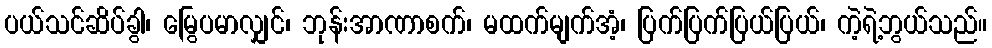
ပယ်သင်ဆိပ်ခွါ၊ မြွေပမာလျှင်၊ ဘုန်းအာဏာစက်၊ မထက်မျက်အံ့၊ ပြက်ပြက်ပြယ်ပြယ်၊ ကဲ့ရဲ့ဘွယ်သည်။